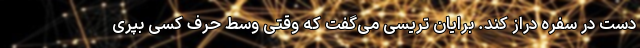
دست در سفره دراز کند. برایان تریسی می‌گفت که وقتی وسط حرف کسی بپری